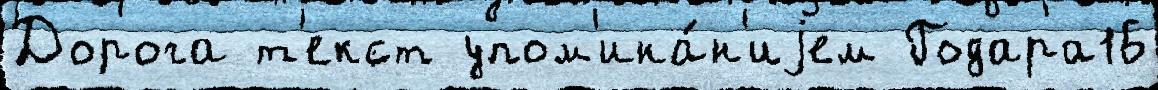
Дорога т'екст упом'ина́н'иjем Годара16